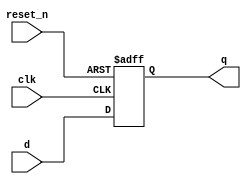
module _dff_r_async(clk, reset_n, d, q); // this module means resettable d flipflop 
input clk, reset_n, d; // define input clk, reset_n, d
output reg q; // define output q

always @ (posedge clk or negedge reset_n) // Make flip flop through always statement
begin 
	if(reset_n == 0) q <= 1'b0; // reset is active low so, reset_n == 0  q is reset
	else q <= d; // q = d
end
endmodule // end of module